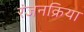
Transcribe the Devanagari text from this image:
रंजनक्रिया